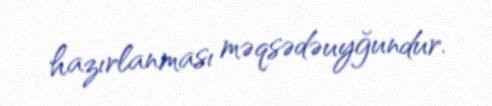
hazırlanması məqsədəuyğundur.